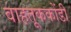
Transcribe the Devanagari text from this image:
वाहतूककोंडी